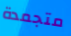
متجمدة